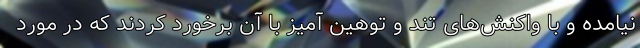
نیامده و با واکنش‌های تند و توهین آمیز با آن برخورد کردند که در مورد